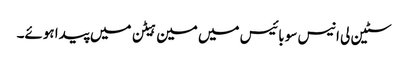
سٹین لی انیس سو بائیس میں مین ہیٹن میں پیدا ہوئے۔